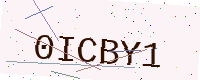
Text: 0ICBY1